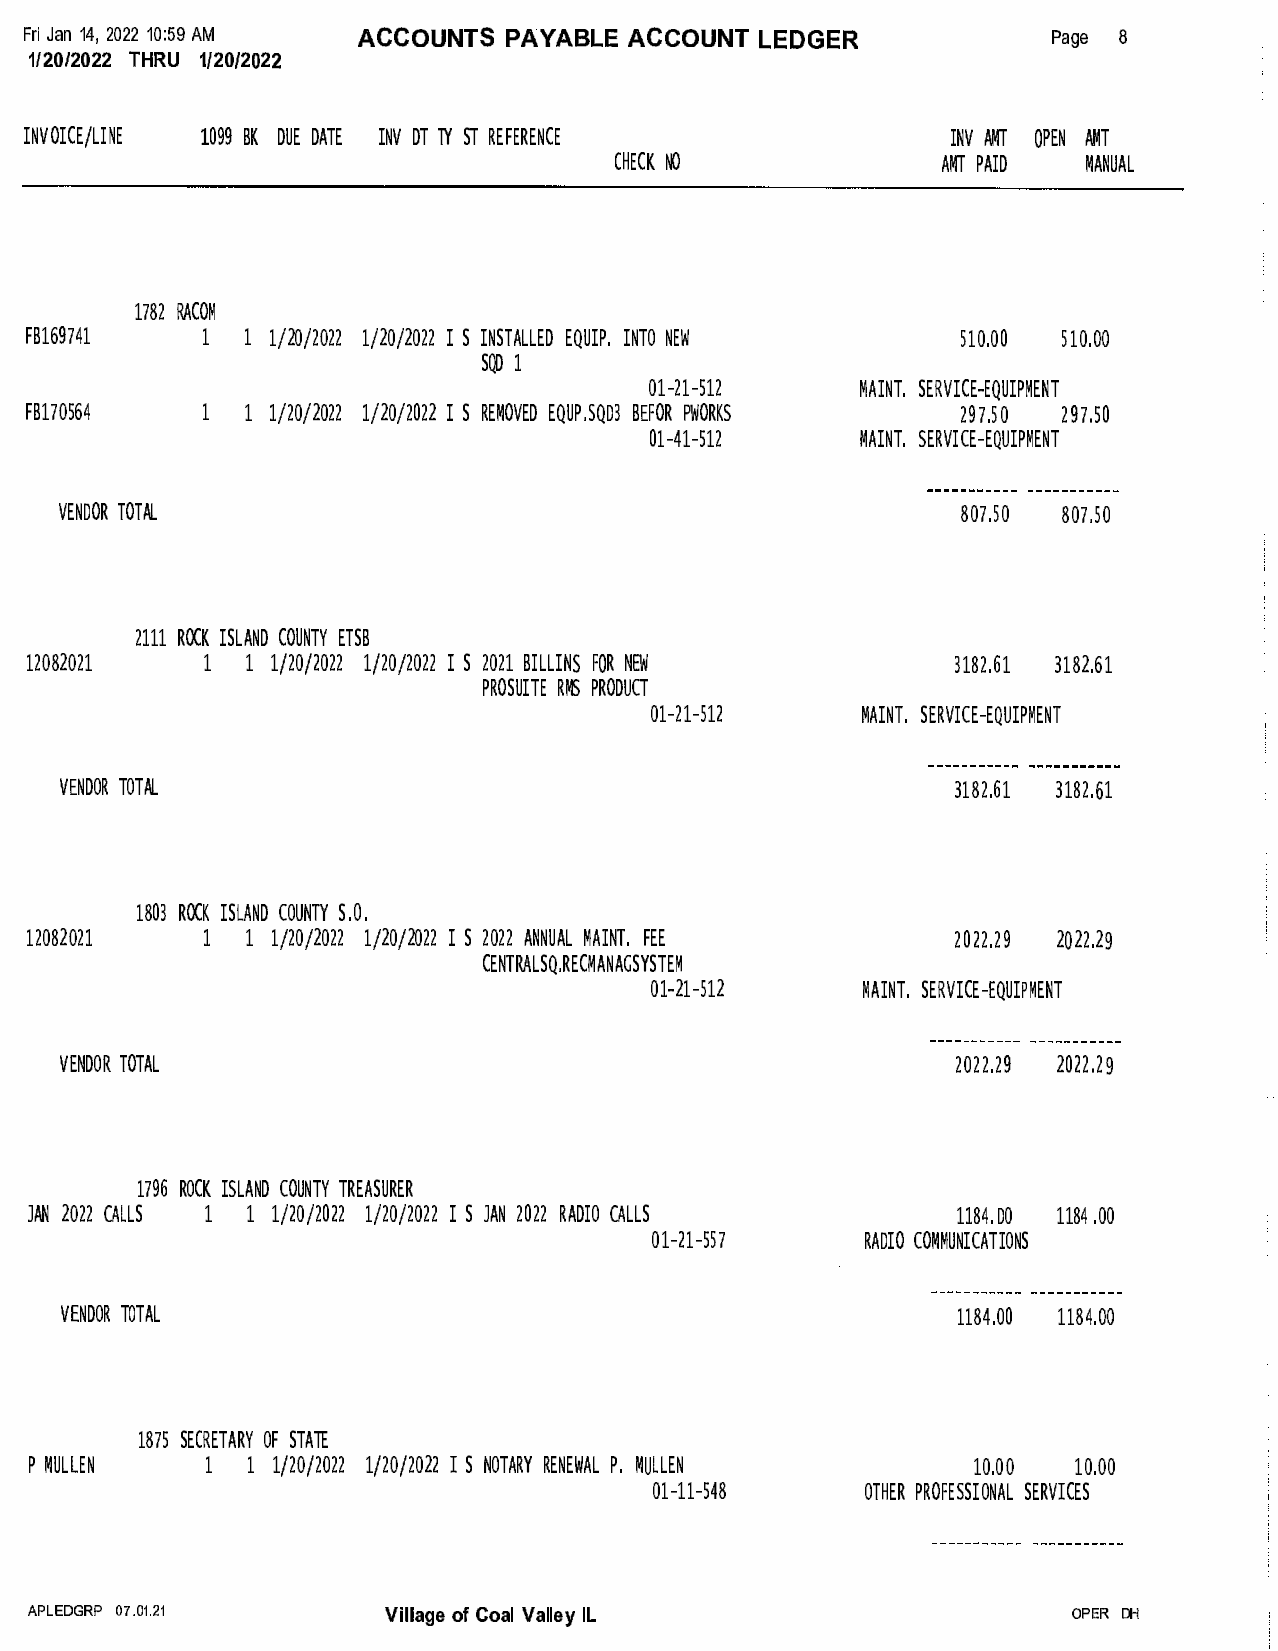
Fri Jan 14, 2022 10:59 AM ACCOUNTS PAYABLE ACCOUNT LEDGER           Page 8
 1/20/2022 THRU 1/20/2022
 INVOICE/LINE 1099 BK DUE DATE INV DT TY ST REFERENCE         INV AMT OPEN AMT
 CHECK NO             AMT PAID  MANUAL
 1782 RACOM
 FB169741   1  1 1/20/2022 1/20/2022 I S INSTALLED EQUIP. INTO NEW 510.00 510.00
 SQD 1
 01-21-512     MAINT. SERVICE-EQUIPMENT
 FB170564   1  1 1/20/2022 1/20/2022 I S REMOVED EQUP.5Q03 BEFOR PWORKS 297.50 297.50
 01-41-512     MAINT. SERVICE-EQUIPMENT
 VENDOR TOTAL                                                807.50 807.50
 2111 ROCK ISLAND COUNTY ETSB
 12082021   1  1 1/20/2022 1/20/2022 I S 2021 BILLINS FOR NEW 3182.61 3182.61
 PROSUITE RMS PRODUCT
 01-21-512     MAINT. SERVICE-EQUIPMENT
 VENDOR TOTAL                                               3182.61 3182.61
 1803 ROCK ISLAND COUNTY S.O.
 12082021   1  1 1/20/2022 1/20/2022 I S 2022 ANNUAL MAINT. FEE 2022.29 2022.29
 CENTRALSQ.RECMANAGSYSTEM
 01-21-512     MAINT. SERVICE-EQUIPMENT
 VENDOR TOTAL                                               2022.29 2022.29
 1796 ROCK ISLAND COUNTY TREASURER
 JAN 2022 CALLS 1 1 1/20/2022 1/20/2022 I S JAN 2022 RADIO CALLS 1184. 00 1184 . 00
 01-21-557     RADIO COMMUNICATIONS
 VENDOR TOTAL                                               1184.00 1184.00
 1875 SECRETARY OF STATE
 P MULLEN    1 1 1/20/2022 1/20/2022 I S NOTARY RENEWAL P. MULLEN 10.00 10.00
 01-11-548     OTHER PROFESSIONAL SERVICES
 APLEDGRP 07.01.21      Village of Coal Valley IL                     OPER DH